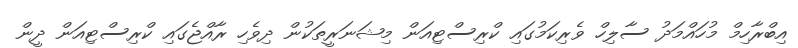
އިބްރާހިމް މުހައްމަދު ސާލިހް ވެރިކަމުގައި ކްރިސްޓިއަން މިޝަނަރީތަކުން ދިވެހި ރާއްޖެގައި ކްރިސްޓިއަން ދީން